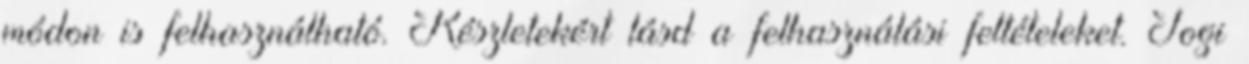
módon is felhasználható. Részletekért lásd a felhasználási feltételeket. Jogi